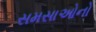
સમસાઓનો